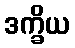
ဒက္ခိယ